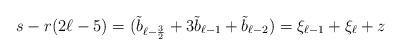
LaTeX: \begin{align*}s-r(2\ell-5)=(\tilde b_{\ell-\frac{3}{2}}+3\tilde b_{\ell-1}+\tilde b_{\ell-2})=\xi_{\ell-1}+\xi_\ell+z\end{align*}